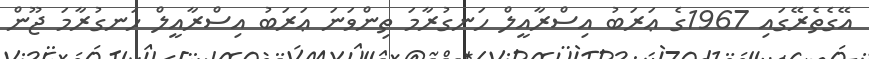
އޭގެތެރޭގައި 1967ގެ ޢަރަބު އިސްރާއީލް ހަނގުރާމަ ތިންވަނަ ޢަރަބު އިސްރާއީލް ހަނގުރާމަ ޖޫން